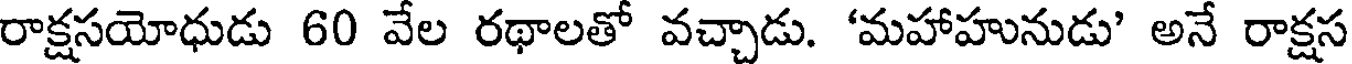
రాక్షసయోధుడు 60 వేల రథాలతో వచ్చాడు. 'మహాహునుడు' అనే రాక్షస